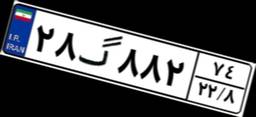
۲۸گ۸۸۲۷۴